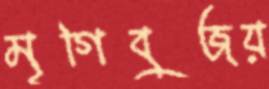
মৃগিবুজয়